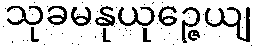
သုခမနုယုဉ္ဇေယျ